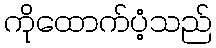
ကိုထောက်ပံ့သည်